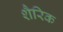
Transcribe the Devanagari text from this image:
शैरिक